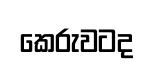
කෙරුවටද